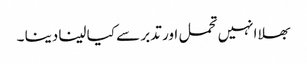
بھلا انہیں تحمل اور تدبر سے کیا لینا دینا ۔